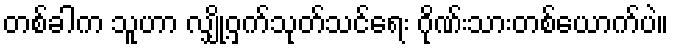
တစ်ခါက သူဟာ လျှို့ဝှက်သုတ်သင်ရေး ဂိုဏ်းသားတစ်ယောက်ပဲ။